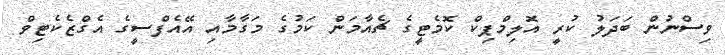
ވިސްނުން ބަދަލު ކުރީ އޮލިމްޕިކް ކޮމެޓީގެ ޗެއާމަން ކަމުގެ މަގާމާއި އޭއެފްސީގެ އެގްޒެކެޓިވް